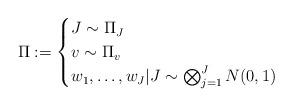
LaTeX: \begin{align*}\Pi :=\begin{cases}J \sim \Pi_J \\ v \sim \Pi_v \\w_1, \dots,w_J|J \sim \bigotimes_{j=1}^J N(0,1) \end{cases}\end{align*}